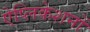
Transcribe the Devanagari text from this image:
ऐप्लिकेशनों